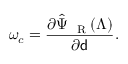
\omega _ { c } = \frac { \partial \hat { \Psi } _ { \mathrm { ~ \tiny ~ R ~ } } ( \boldsymbol { \Lambda } ) } { \partial { \mathsf { d } } } .